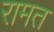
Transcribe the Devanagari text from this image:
रामत